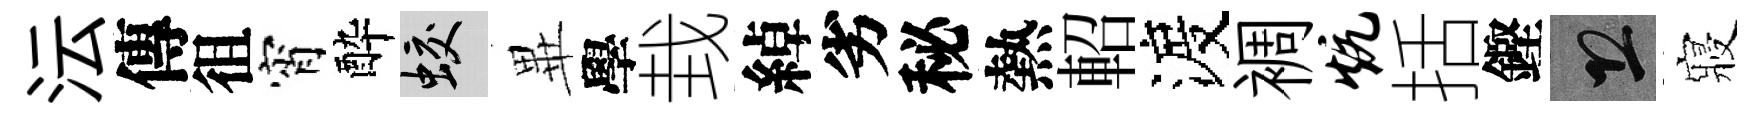
沄傳徂宵酔蛟𭺾學㘽綽劣秘熱軺渡裯炕括鏗恐寢